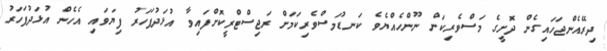
ދިރޭއެންޖަހައިގެން ދޮށީގެ މަސްވެރިކަން ނޫންހެއްޔެވެ ކަނޑުމަސްވެރިކަމަށް ރަޖިސްޓްރީކޮށްފައިވާ އުޅަދުފަހަރު ފިޔަވައި އެހެން އުޅަދުފަހަރު